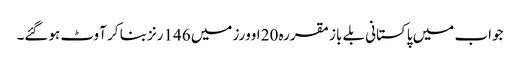
جواب میں پاکستانی بلے باز مقررہ 20 اوورز میں 146رنز بنا کر آوٹ ہوگئے۔